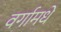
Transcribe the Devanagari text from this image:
वर्गामधे